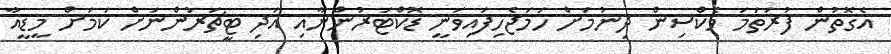
އެގޮތުން ފުރަތަމަ ވެކްސިން ދިނުމަށް ހަމަޖެހިފައިވަނީ ޑޮކްޓަރުންނާއި އަދި ޓީޗަރުންނަށް ކަމަށް މީޑީއާ